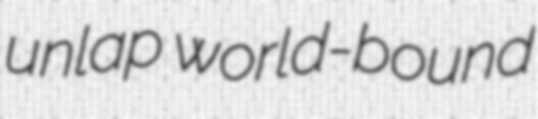
unlap world-bound